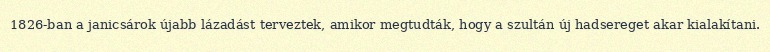
1826-ban a janicsárok újabb lázadást terveztek, amikor megtudták, hogy a szultán új hadsereget akar kialakítani.